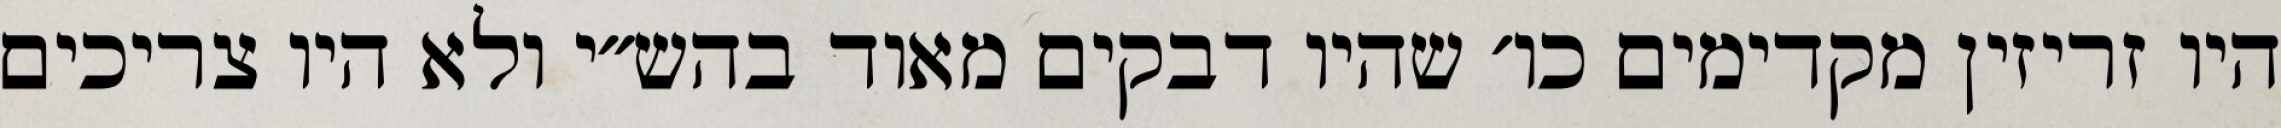
היו זריזין מקדימים כו׳ שהיו דבקים מאוד בהש״י ולא היו צריכים